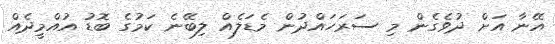
އޭނާ އަށް ދުވެގެން މި ސަރަހައްދުން މެޑަލެއް ލިބޭނެ ކަމުގެ ބޮޑު އުއްމީދެއް